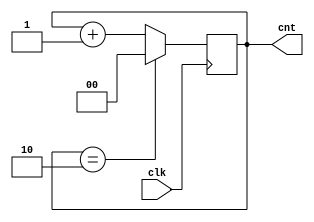
`timescale 1ns / 1ps
module counter(clk,cnt);
    input clk;
    output reg [1:0] cnt = 0;
    always@(posedge clk) begin
        if(cnt == 2'b10)
            cnt <= 2'b00;
        else 
            cnt <= cnt + 1'b1;
    end
endmodule